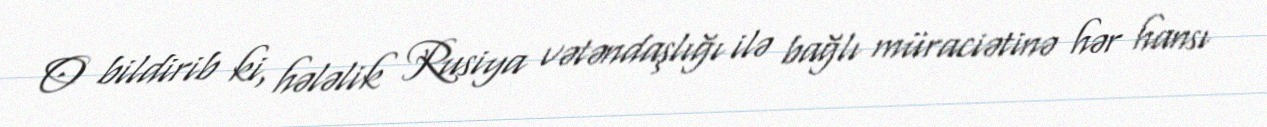
O bildirib ki, hələlik Rusiya vətəndaşlığı ilə bağlı müraciətinə hər hansı